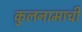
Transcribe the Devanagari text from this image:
कुलनामाची